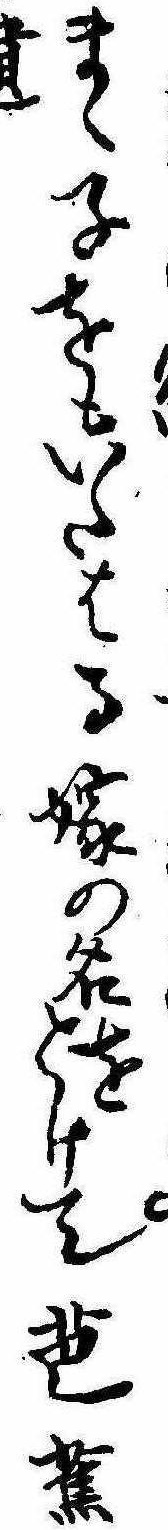
まゝ子をもいたはる嫁の名をとけて芭蕉遺